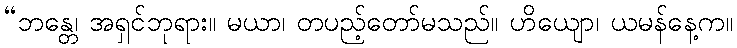
“ဘန္တေ၊ အရှင်ဘုရား။ မယာ၊ တပည့်တော်မသည်။ ဟိယျော၊ ယမန်နေ့က။